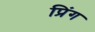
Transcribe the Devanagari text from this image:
प्रिंग